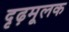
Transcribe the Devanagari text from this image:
दृढ़मूलक